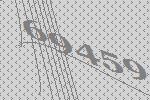
69459